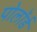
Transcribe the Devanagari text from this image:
पोलॉर्ड